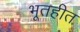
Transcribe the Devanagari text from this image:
भूतहीत